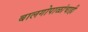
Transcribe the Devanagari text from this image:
बालगोपाळांचाही